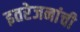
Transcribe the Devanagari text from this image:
इतरेजनांची